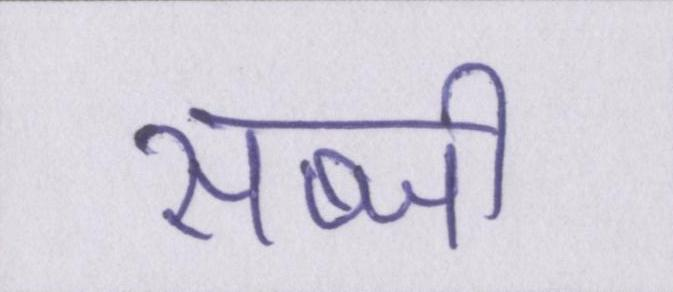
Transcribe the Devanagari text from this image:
सब्जी